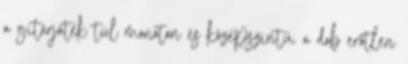
a gitárjáték túl monoton és középszintű, a dob erőtlen